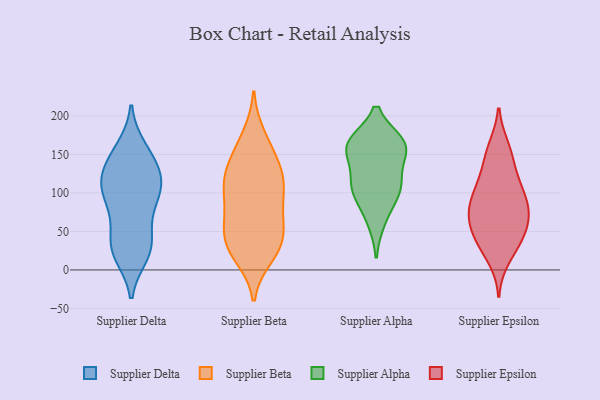
{"axis": {"x": "Customer Acquisition Cost (USD)", "y": "Value"}, "legend": ["Supplier Alpha", "Supplier Beta", "Supplier Delta", "Supplier Epsilon"], "data": [{"x": "", "y": 33, "type": "Supplier Delta"}, {"x": "", "y": 20, "type": "Supplier Delta"}, {"x": "", "y": 33, "type": "Supplier Delta"}, {"x": "", "y": 100, "type": "Supplier Delta"}, {"x": "", "y": 27, "type": "Supplier Delta"}, {"x": "", "y": 126, "type": "Supplier Delta"}, {"x": "", "y": 111, "type": "Supplier Delta"}, {"x": "", "y": 67, "type": "Supplier Delta"}, {"x": "", "y": 27, "type": "Supplier Delta"}, {"x": "", "y": 105, "type": "Supplier Delta"}, {"x": "", "y": 157, "type": "Supplier Delta"}, {"x": "", "y": 79, "type": "Supplier Delta"}, {"x": "", "y": 145, "type": "Supplier Delta"}, {"x": "", "y": 109, "type": "Supplier Delta"}, {"x": "", "y": 130, "type": "Supplier Delta"}, {"x": "", "y": 150, "type": "Supplier Delta"}, {"x": "", "y": 102, "type": "Supplier Delta"}, {"x": "", "y": 121, "type": "Supplier Beta"}, {"x": "", "y": 161, "type": "Supplier Beta"}, {"x": "", "y": 62, "type": "Supplier Beta"}, {"x": "", "y": 41, "type": "Supplier Beta"}, {"x": "", "y": 36, "type": "Supplier Beta"}, {"x": "", "y": 123, "type": "Supplier Beta"}, {"x": "", "y": 22, "type": "Supplier Beta"}, {"x": "", "y": 115, "type": "Supplier Beta"}, {"x": "", "y": 85, "type": "Supplier Beta"}, {"x": "", "y": 99, "type": "Supplier Beta"}, {"x": "", "y": 65, "type": "Supplier Beta"}, {"x": "", "y": 18, "type": "Supplier Beta"}, {"x": "", "y": 151, "type": "Supplier Beta"}, {"x": "", "y": 30, "type": "Supplier Beta"}, {"x": "", "y": 174, "type": "Supplier Beta"}, {"x": "", "y": 78, "type": "Supplier Beta"}, {"x": "", "y": 41, "type": "Supplier Beta"}, {"x": "", "y": 126, "type": "Supplier Beta"}, {"x": "", "y": 116, "type": "Supplier Beta"}, {"x": "", "y": 163, "type": "Supplier Alpha"}, {"x": "", "y": 154, "type": "Supplier Alpha"}, {"x": "", "y": 161, "type": "Supplier Alpha"}, {"x": "", "y": 162, "type": "Supplier Alpha"}, {"x": "", "y": 164, "type": "Supplier Alpha"}, {"x": "", "y": 96, "type": "Supplier Alpha"}, {"x": "", "y": 64, "type": "Supplier Alpha"}, {"x": "", "y": 116, "type": "Supplier Alpha"}, {"x": "", "y": 107, "type": "Supplier Alpha"}, {"x": "", "y": 109, "type": "Supplier Alpha"}, {"x": "", "y": 156, "type": "Supplier Epsilon"}, {"x": "", "y": 58, "type": "Supplier Epsilon"}, {"x": "", "y": 40, "type": "Supplier Epsilon"}, {"x": "", "y": 99, "type": "Supplier Epsilon"}, {"x": "", "y": 41, "type": "Supplier Epsilon"}, {"x": "", "y": 15, "type": "Supplier Epsilon"}, {"x": "", "y": 67, "type": "Supplier Epsilon"}, {"x": "", "y": 160, "type": "Supplier Epsilon"}, {"x": "", "y": 44, "type": "Supplier Epsilon"}, {"x": "", "y": 109, "type": "Supplier Epsilon"}, {"x": "", "y": 126, "type": "Supplier Epsilon"}, {"x": "", "y": 142, "type": "Supplier Epsilon"}, {"x": "", "y": 108, "type": "Supplier Epsilon"}, {"x": "", "y": 66, "type": "Supplier Epsilon"}, {"x": "", "y": 77, "type": "Supplier Epsilon"}, {"x": "", "y": 83, "type": "Supplier Epsilon"}, {"x": "", "y": 90, "type": "Supplier Epsilon"}, {"x": "", "y": 28, "type": "Supplier Epsilon"}, {"x": "", "y": 76, "type": "Supplier Epsilon"}]}